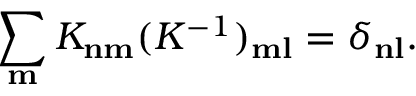
\sum _ { \bf m } K _ { \bf n \bf m } ( K ^ { - 1 } ) _ { \bf m \bf l } = \delta _ { \bf n \bf l } .